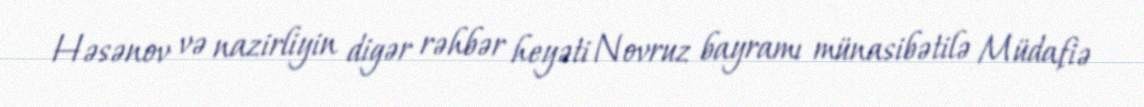
Həsənov və nazirliyin digər rəhbər heyəti Novruz bayramı münasibətilə Müdafiə